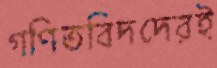
গণিতবিদদেরই